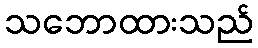
သဘောထားသည်